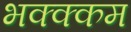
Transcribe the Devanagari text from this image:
भक्‍क्‍कम